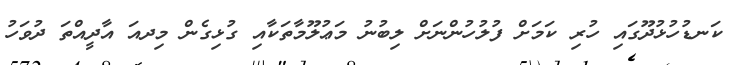
ކަނޑުހުޅުދޫގައި ހުރި ކަމަށް ފުލުހުންނަށް ލިބުނު މަޢުލޫމާތަކާއި ގުޅިގެން މިދއަ އާދީއްތަ ދުވަހު